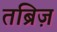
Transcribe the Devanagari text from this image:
तब्रिज़